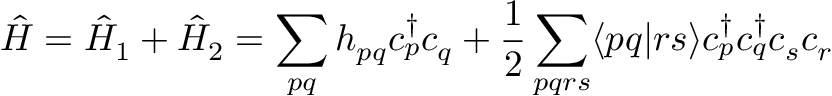
\hat { H } = \hat { H } _ { 1 } + \hat { H } _ { 2 } = \sum _ { p q } h _ { p q } c _ { p } ^ { \dag } c _ { q } + \frac { 1 } { 2 } \sum _ { p q r s } \langle p q | r s \rangle c _ { p } ^ { \dag } c _ { q } ^ { \dag } c _ { s } c _ { r }